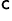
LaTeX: ^\mathsf{c}